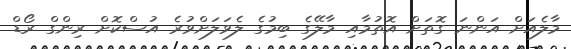
މާލެއަށް އަންނަ ގޮތަށް އޮތުމާއި މާލޭގެ ބިމުގެ ލެވަލަށްވުރެ އުސްކޮށް ރިންގް ރޯޑް